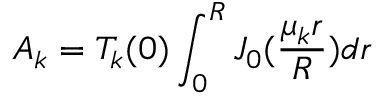
A _ { k } = T _ { k } ( 0 ) \int _ { 0 } ^ { R } J _ { 0 } ( \frac { \mu _ { k } r } { R } ) d r